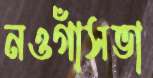
নওগাঁসভা